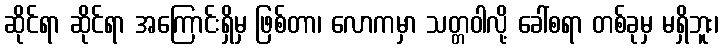
ဆိုင်ရာ ဆိုင်ရာ အကြောင်းရှိမှ ဖြစ်တာ၊ လောကမှာ သတ္တဝါလို့ ခေါ်စရာ တစ်ခုမှ မရှိဘူး၊